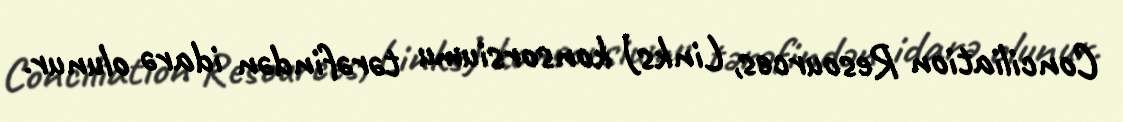
Conciliation Resources, Links) konsorsiumu tərəfindən idarə olunur.